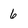
Character: 6